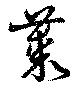
叢